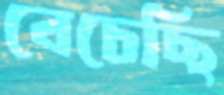
বেচেছি